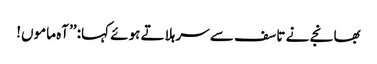
بھانجے نے تاسف سے سر ہلاتے ہوئے کہا: ’’آہ ماموں!